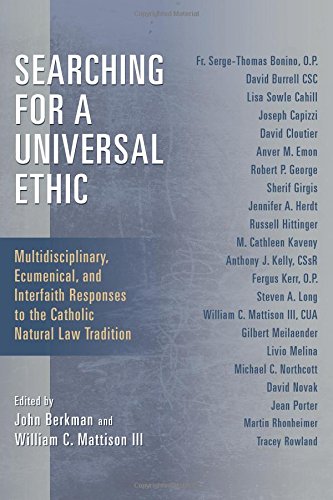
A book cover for Searching for a Universal Ethic: Multidisciplinary, Ecumenical, and Interfaith Responses to the Catholic Natural Law Tradition; Law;